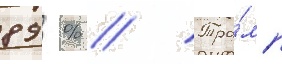
89 % // Тра́мп